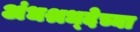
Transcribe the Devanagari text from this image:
अंधश्रध्देच्या